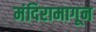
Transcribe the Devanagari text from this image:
मंदिरामागून